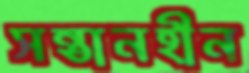
সন্তানহীন